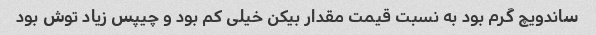
ساندویچ گرم بود به نسبت قیمت مقدار بیکن خیلی کم بود و چیپس زیاد توش بود